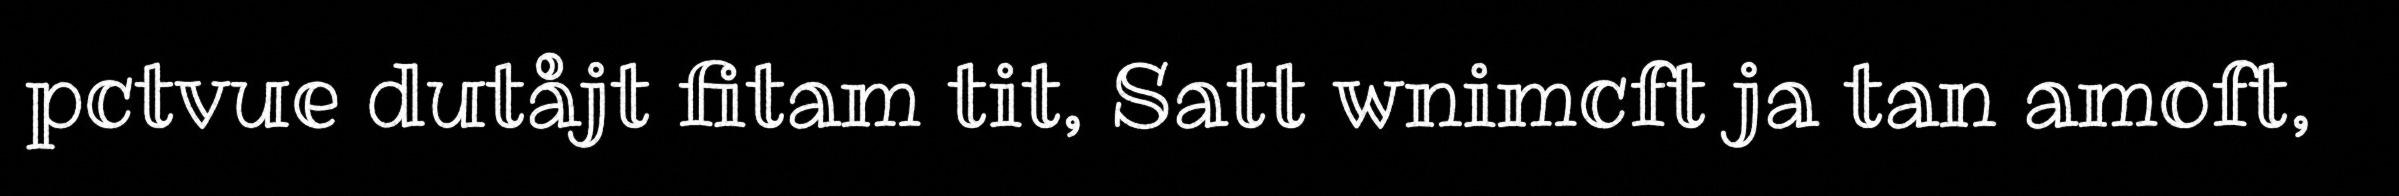
pctvue dutåjt fitam tit, Satt wnimcft ja tan amoft,